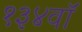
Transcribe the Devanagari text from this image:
१३४वॉ